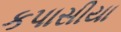
કપાસીયા